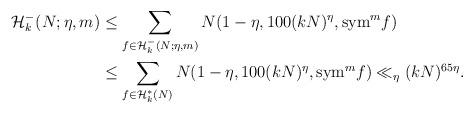
LaTeX: \begin{align*}\begin{aligned}\mathcal{H}^-_k(N; \eta, m)& \leq \sum_{f\in \mathcal{H}^-_k(N; \eta, m)} N(1-\eta, 100(kN)^\eta, {\rm sym}^m f)\\& \leq \sum_{f\in \mathcal{H}^*_k(N)}N(1-\eta, 100(kN)^\eta, {\rm sym}^m f)\ll_{\eta} (kN)^{65\eta}.\end{aligned}\end{align*}